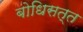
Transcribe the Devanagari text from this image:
बोधिसत्त